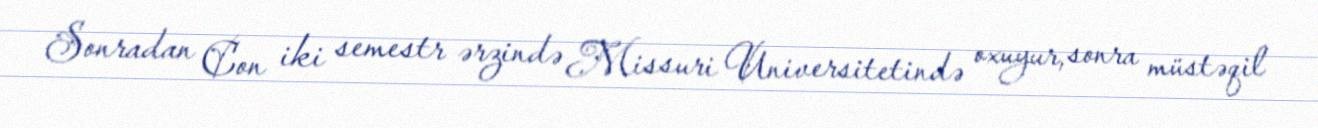
Sonradan Con iki semestr ərzində Missuri Universitetində oxuyur, sonra müstəqil